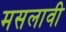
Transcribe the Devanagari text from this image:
मसलावी